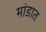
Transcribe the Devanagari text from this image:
मांडात